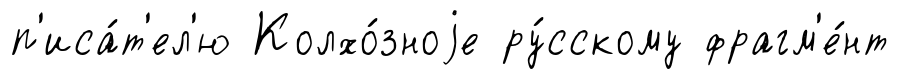
п'иса́т'ел'ю Колхо́зноjе ру́сскому фрагм'е́нт